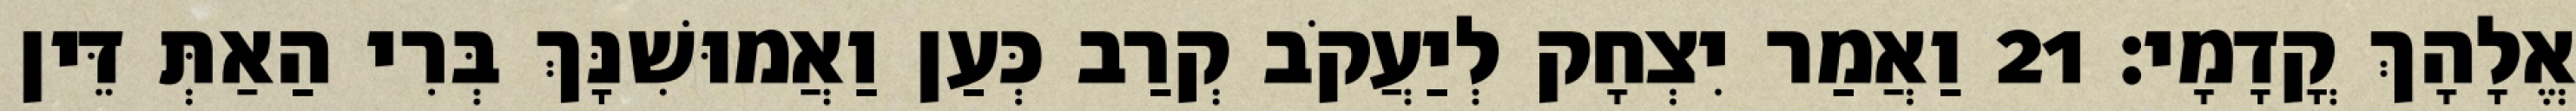
אֱלָהָךְ קֳדָמָי׃ 21 וַאֲמַר יִצְחָק לְיַעֲקֹב קְרַב כְּעַן וַאֲמוּשִׁנָּךְ בְּרִי הַאַתְּ דֵּין